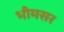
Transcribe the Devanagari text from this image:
भीमसर